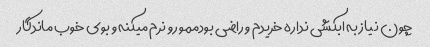
چون نیاز به ابکشی نداره خریدم و راضی بودممو رو نرم میکنه و بوی خوب ماندگار